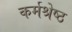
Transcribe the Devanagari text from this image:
कर्मश्रेष्ठ